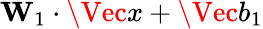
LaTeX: \mathbf{W}_{1}\cdot\Vec{x}+\Vec{b}_{1}